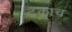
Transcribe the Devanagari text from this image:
टकाच